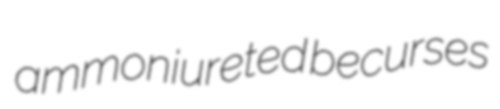
ammoniureted becurses